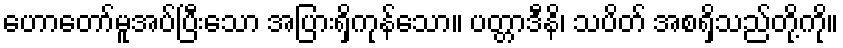
ဟောတော်မူအပ်ပြီးသော အပြားရှိကုန်သော။ ပတ္တာဒီနိ၊ သပိတ် အစရှိသည်တို့ကို။